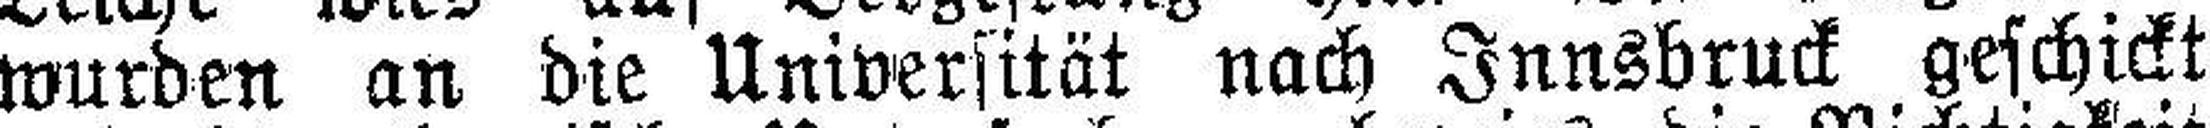
wurden an die Universität nach Innsbruck geschickt